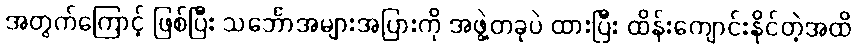
အတွက်ကြောင့် ဖြစ်ပြီး သင်္ဘောအများအပြားကို အဖွဲ့တခုပဲ ထားပြီး ထိန်းကျောင်းနိုင်တဲ့အထိ